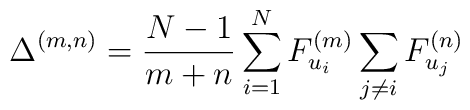
\Delta^{(m,n)} = \frac{N-1}{m+n}\sum_{i=1}^N F_{u_i}^{(m)} \sum_{j \neq i} F_{u_j}^{(n)}